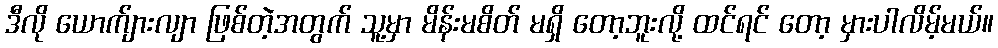
ဒီလို ယောက်ျားလျာ ဖြစ်တဲ့အတွက် သူ့မှာ မိန်းမစိတ် မရှိ တော့ဘူးလို့ ထင်ရင် တော့ မှားပါလိမ့်မယ်။